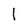
Character: 1